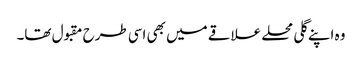
وہ اپنے گلی محلے علاقے میں بھی اسی طرح مقبول تھا۔